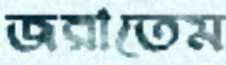
জরাতেম